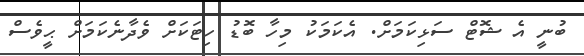
ބުނީ އެ ޝޮޓް ސަޅިކަމަށް. އެކަމަކު މިހާ ބޮޑު ހިޓަކަށް ވެދާނެކަަމަށް ޙީވެސް